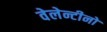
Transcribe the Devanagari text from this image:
वेलेन्टीनो